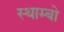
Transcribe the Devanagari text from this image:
स्थाम्बो